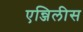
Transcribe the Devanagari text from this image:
एन्जिलीस